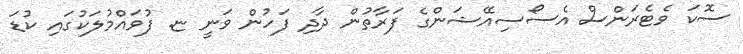
ސޮކަ ވެޓެރަންސް އެސޯސިއޭޝަންގެ ފަރާތުން ދާދި ފަހުން ވަނީ ޏ. ފުވައްމުލަކުގައި ކުޑަ